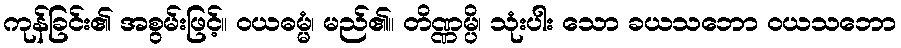
ကုန်ခြင်း၏ အစွမ်းဖြင့်။ ဝယဓမ္မံ၊ မည်၏။ တိဏ္ဏမ္ပိ၊ သုံးပါး သော ခယသဘော ဝယသဘော